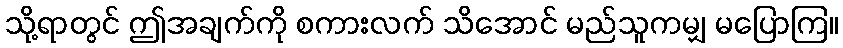
သို့ရာတွင် ဤအချက်ကို စကားလက် သိအောင် မည်သူကမျှ မပြောကြ။